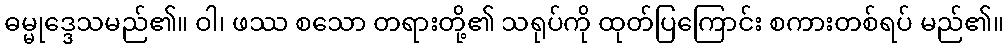
ဓမ္မုဒ္ဒေသမည်၏။ ဝါ၊ ဖဿ စသော တရားတို့၏ သရုပ်ကို ထုတ်ပြကြောင်း စကားတစ်ရပ် မည်၏။